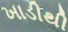
ખાડીથી